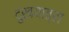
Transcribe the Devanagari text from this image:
दुखयात्रा